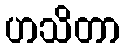
ဟသိတာ